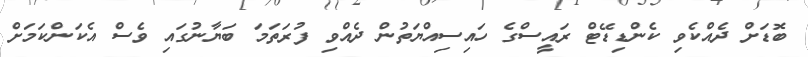
ބޮޑަށް ދެއްކެވި ކެންޑިޑޭޓް ރައީސްގެ ހައިސިއްޔަތުން ދެއްވި ފުރަތަމަ ބަޔާނުގައި ވެސް އެކަންކަމަށް